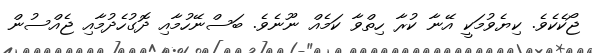
ޖޯކެކެވެ. ކިޔެވުމަކީ އޭނާ ކުރާ ހިތްވާ ކަމެއް ނޫނެވެ. ބަސްނޭހުމާއި ދޮގުހެދުމާއި ޖެއްސުން